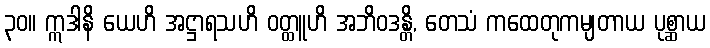
၃၀။ ဣဒါနိ ယေဟိ အဋ္ဌာရသဟိ ဝတ္ထူဟိ အဘိဝဒန္တိ, တေသံ ကထေတုကမျတာယ ပုစ္ဆာယ